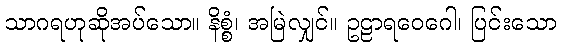
သာဂရဟုဆိုအပ်သော။ နိစ္စံ၊ အမြဲလျှင်။ ဥဠာရဝေဂေါ၊ ပြင်းသော